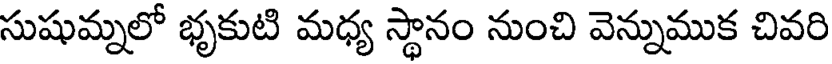
సుషుమ్నలో భృకుటి మధ్య స్థానం నుంచి వెన్నుముక చివరి